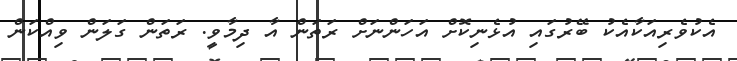
އެކުވެރިއަކާއެކު ބޭރުގައި އުޅެނިކޮށް އަހަންނަށް ރަތަން އާ ދިމާވީ. ރަތަން ގަލަން ވިއްކަން